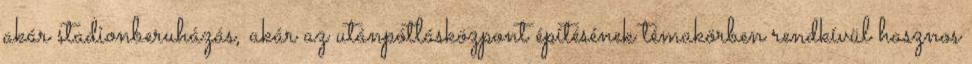
akár stadionberuházás, akár az utánpótlásközpont építésének témakörben rendkívül hasznos